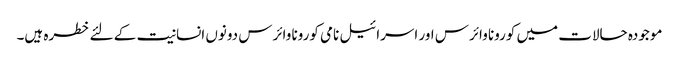
موجودہ حالات میں کورونا وائرس اور اسرائیل نامی کورونا وائرس دونوں انسانیت کے لئے خطرہ ہیں۔